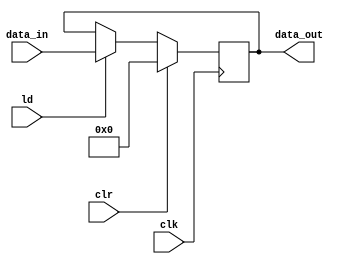
module reg_nb_sclr #(parameter n=8) (
    input wire [n-1:0] data_in,
    input wire clk, 
	input wire clr, 
	input wire ld, 
    output reg [n-1:0] data_out  ); 


    always @(posedge clk)
    begin 
       if (clr == 1'b1)       // asynch clr
          data_out <= 0;
       else if (ld == 1'b1)   // synch load
          data_out <= data_in; 
    end
    
endmodule